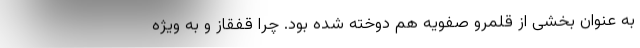
به عنوان بخشی از قلمرو صفویه هم دوخته شده بود. چرا قفقاز و به ویژه